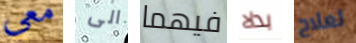
معي الى فيهما بدلا لعلاج